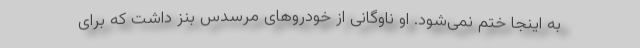
به اینجا ختم نمی‌شود. او ناوگانی از خودروهای مرسدس بنز داشت که برای